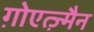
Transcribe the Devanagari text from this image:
ग़ोएत्ज़्मैन